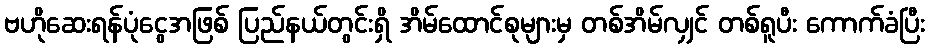
ဗဟိုဆေးရန်ပုံငွေအဖြစ် ပြည်နယ်တွင်းရှိ အိမ်ထောင်စုများမှ တစ်အိမ်လျှင် တစ်ရူပီး ကောက်ခံပြီး